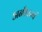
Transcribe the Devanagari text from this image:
अनौपम्यं